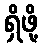
ရှိဖို့